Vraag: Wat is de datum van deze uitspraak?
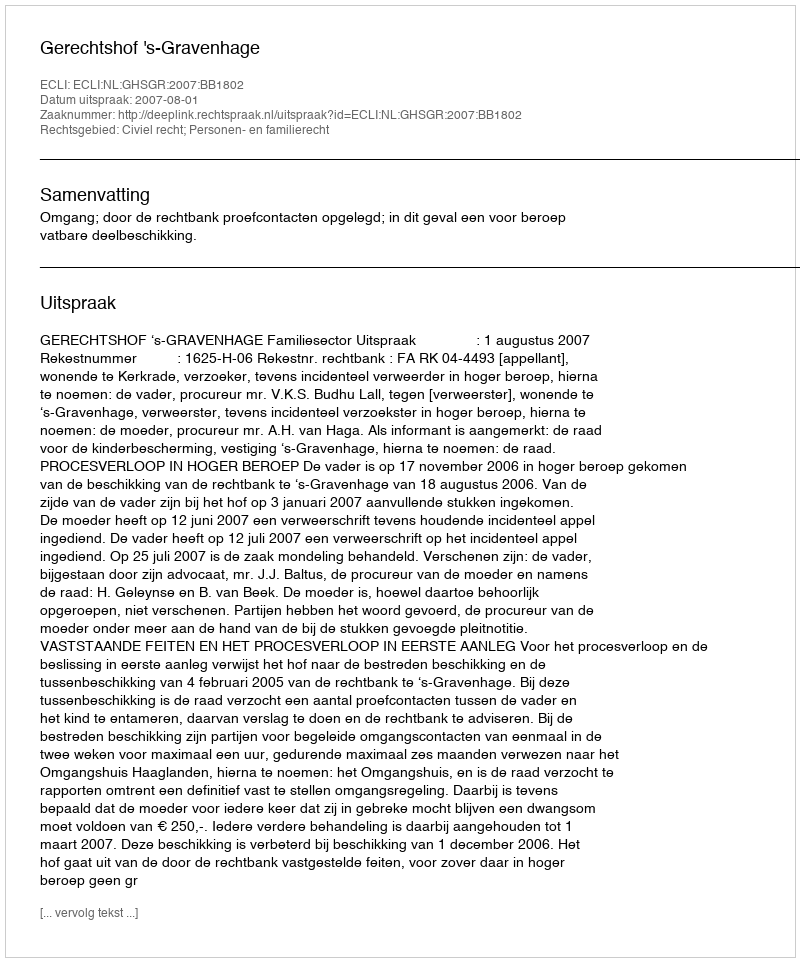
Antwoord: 2007-08-01